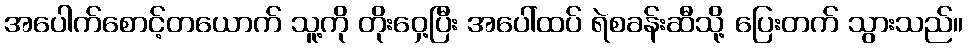
အပေါက်စောင့်တယောက် သူ့ကို တိုးဝှေ့ပြီး အပေါ်ထပ် ရဲစခန်းဆီသို့ ပြေးတက် သွားသည်။